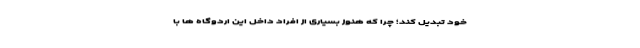
خود تبدیل کند؛ چرا که هنوز بسیاری از افراد داخل این اردوگاه ها با